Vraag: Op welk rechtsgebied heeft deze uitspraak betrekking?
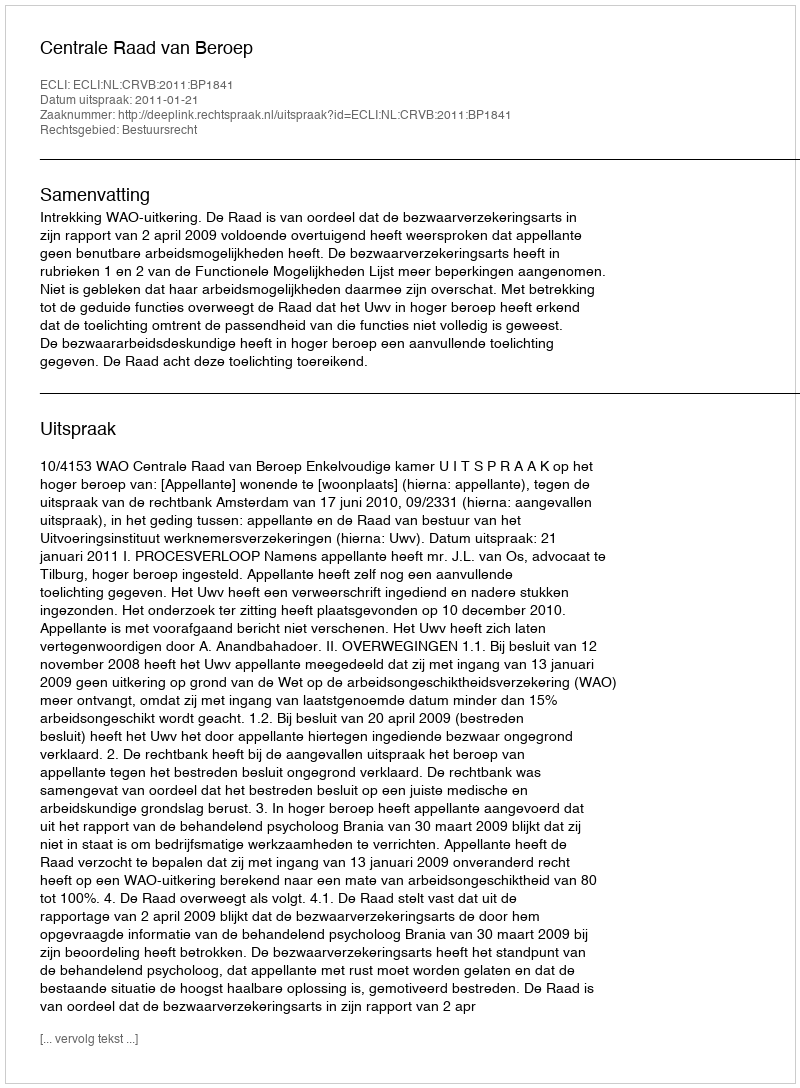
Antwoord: Bestuursrecht